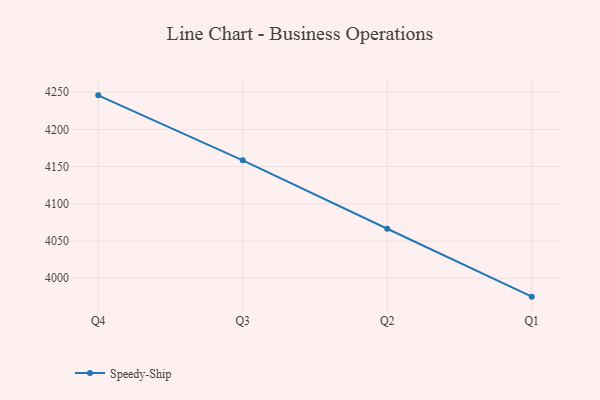
{"axis": {"x": "Quarter", "y": "Budget (USD K)"}, "legend": ["Speedy-Ship"], "data": [{"x": "Q4", "y": 4245.8, "type": "Speedy-Ship"}, {"x": "Q3", "y": 4158.4, "type": "Speedy-Ship"}, {"x": "Q2", "y": 4066.4, "type": "Speedy-Ship"}, {"x": "Q1", "y": 3975.1, "type": "Speedy-Ship"}]}